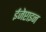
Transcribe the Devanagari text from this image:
ईजेप्टाइन